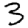
Digit: 3